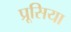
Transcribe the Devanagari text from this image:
प्रूसिया